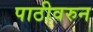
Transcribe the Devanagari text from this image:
पाठीवरुन